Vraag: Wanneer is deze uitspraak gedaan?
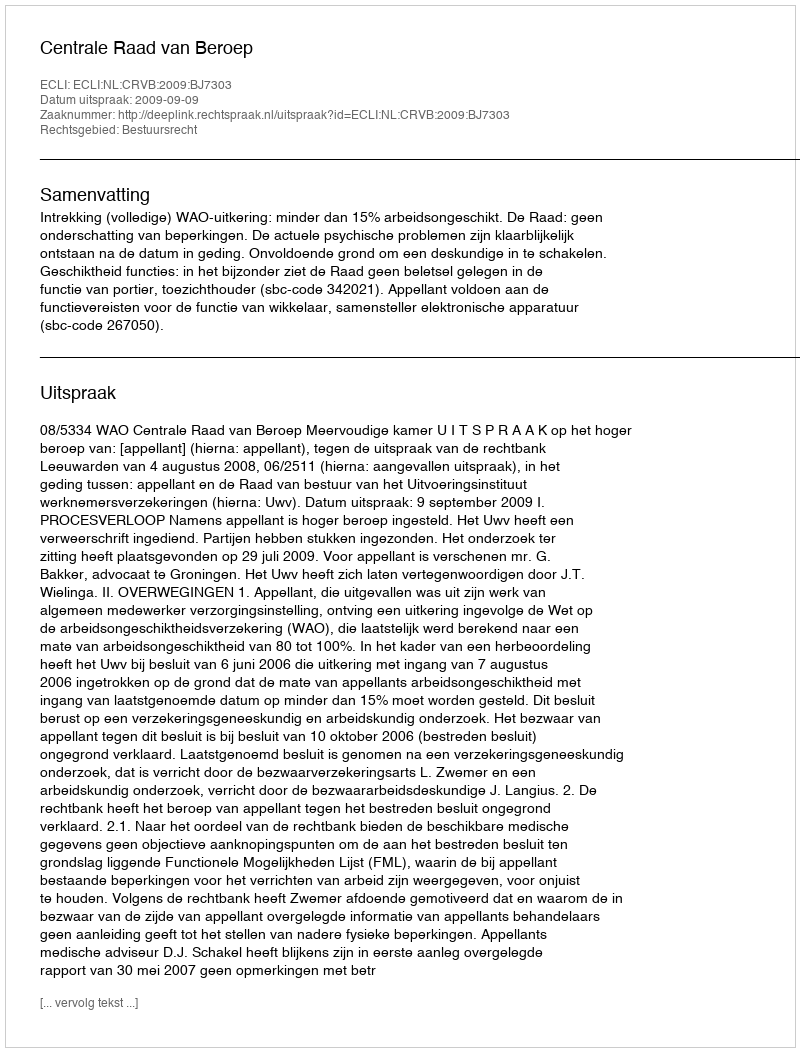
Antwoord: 2009-09-09